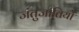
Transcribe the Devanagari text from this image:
जंतुजातियों